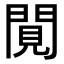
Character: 𨴼